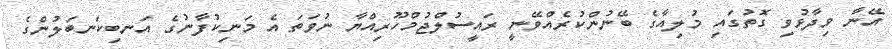
އޭނާ ވިދާޅުވި ގޮތުގައި މުލިއާގެ ބޭނުންކުރެއްވޭނީ ރައީސުލްޖުމްހޫރިއްޔާ ނުވަތަ އެ މަނިކުފާނުގެ އަނބިކަނބަލުންގެ